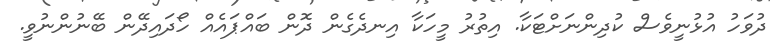
ދުވަހު އުޅުނީވެސް ކުދިންނަށްޓަކާ. އިތުރު މީހަކާ އިނދެގެން ދޮން ބައްޕައެއް ހޯދައިދޭން ބޭނުންނުވީ.